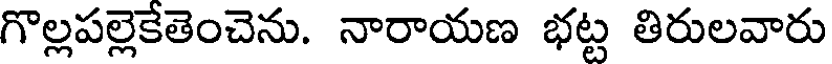
గొల్లపల్లెకేతెంచెను. నారాయణ భట్ట తిరులవారు